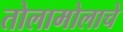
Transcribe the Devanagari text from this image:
तोलामोलाचे